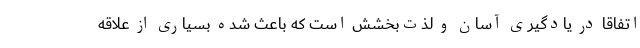
اتفاقا در یادگیری آسان و لذت‌بخشش است که باعث شده بسیاری از علاقه